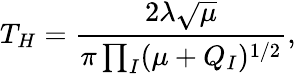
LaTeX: T_{H}=\frac{2\lambda\sqrt{\mu}}{\pi\prod_{I}(\mu+Q_{I})^{1/2}},